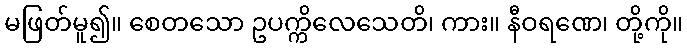
မဖြတ်မူ၍။ စေတသော ဥပက္ကိလေသေတိ၊ ကား။ နီဝရဏေ၊ တို့ကို။